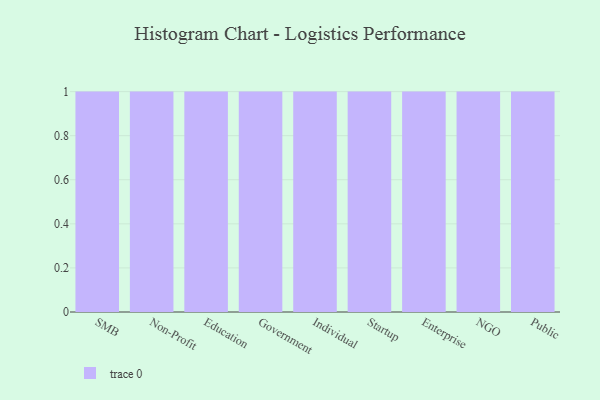
{"axis": {"x": "Segment", "y": "Humidity (%)"}, "legend": [""], "data": [{"x": "SMB", "y": 53, "type": ""}, {"x": "Non-Profit", "y": 35, "type": ""}, {"x": "Education", "y": 7, "type": ""}, {"x": "Government", "y": 16, "type": ""}, {"x": "Individual", "y": 80, "type": ""}, {"x": "Startup", "y": 97, "type": ""}, {"x": "Enterprise", "y": 67, "type": ""}, {"x": "NGO", "y": 16, "type": ""}, {"x": "Public", "y": 53, "type": ""}]}